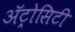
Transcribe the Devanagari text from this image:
अॅट्रोसिटी